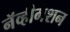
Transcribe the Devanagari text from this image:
नॅव्हीगेशन